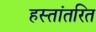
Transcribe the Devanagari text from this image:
हस्‍तांतरित